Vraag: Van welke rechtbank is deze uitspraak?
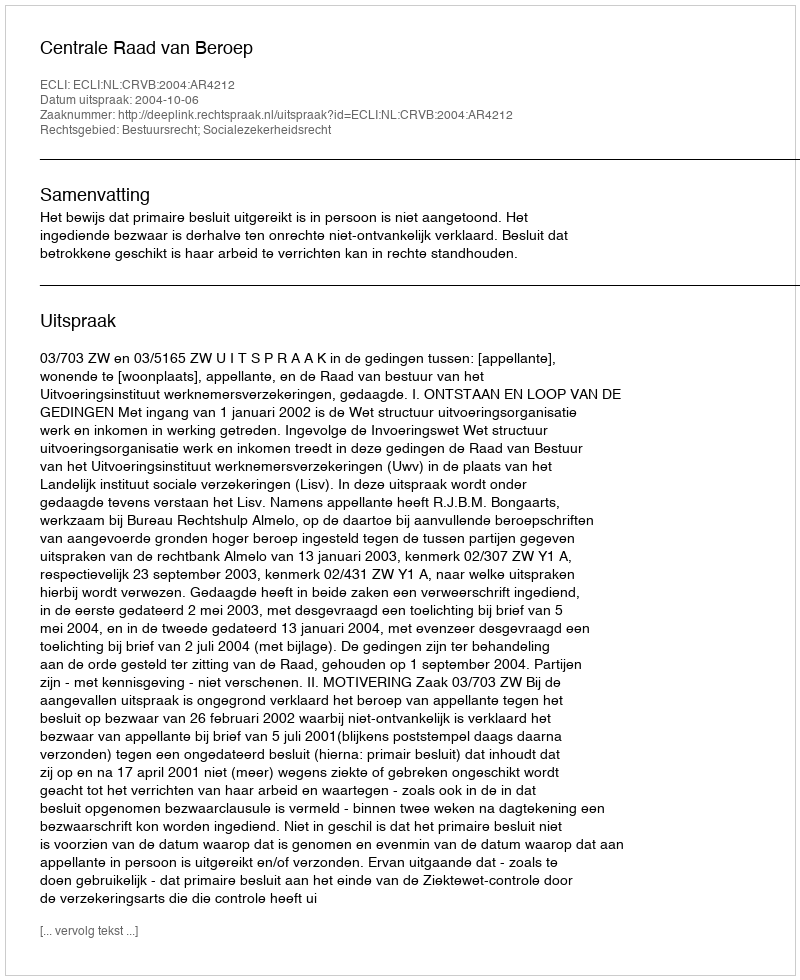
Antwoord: Centrale Raad van Beroep